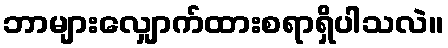
ဘာများလျှောက်ထားစရာရှိပါသလဲ။